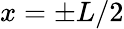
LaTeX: x=\pm L/2